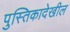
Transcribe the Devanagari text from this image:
पुस्तिकादेखील